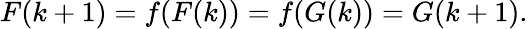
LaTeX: F(k+1)=f(F(k))=f(G(k))=G(k+1).